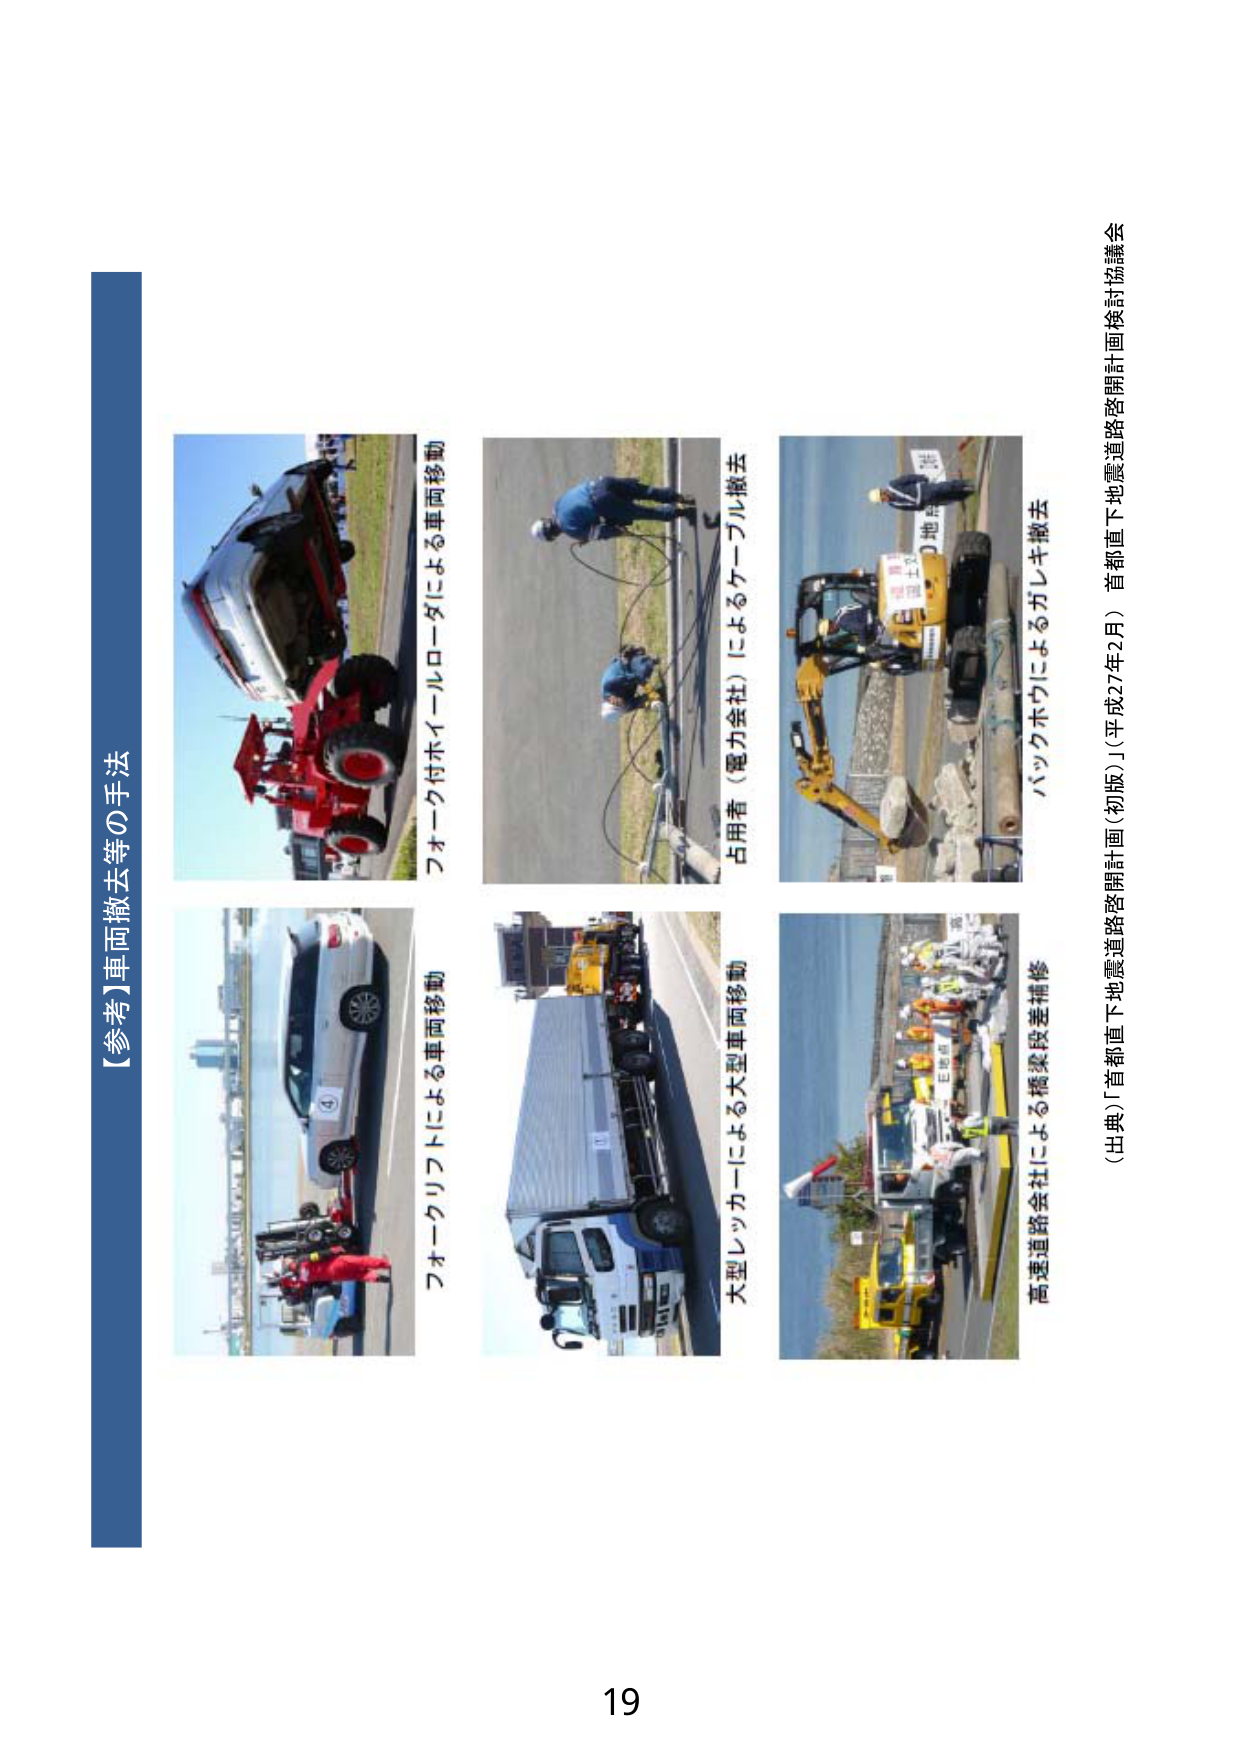
【参考】車両撤去等の手法

フォーク付ホイールローダによる車両移動

フォークリフトによる車両移動

占用者（電力会社）によるケーブル撤去

大型レッカーによる大型車両移動

バックホウによるガレキ撤去

高速道路会社による橋梁段差補修

（出典）「首都直下地震道路啓開計画（初版）」（平成27年2月） 首都直下地震道路啓開計画検討協議会

19